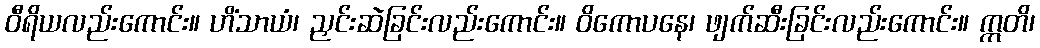
ဝီရိယလည်းကောင်း။ ဟိံသာယံ၊ ညှင်းဆဲခြင်းလည်းကောင်း။ ဝိကောပနေ၊ ဖျက်ဆီးခြင်းလည်းကောင်း။ ဣတိ၊